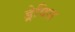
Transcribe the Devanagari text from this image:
ड्रेविस